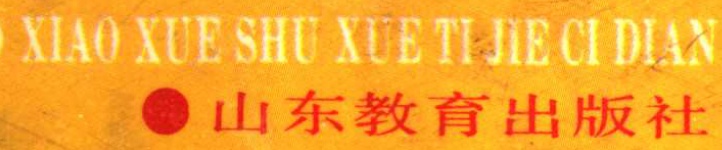
\text{XIAO XUE SHU XUE TI JIE CI DIAN}

\text{● 山东教育出版社}